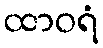
ထာဝရံ